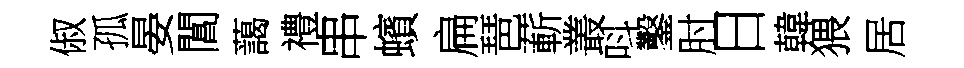
俶孤晏閶藹禮串蠙扁琶蔪叢呌鑿肘日韓猥居